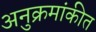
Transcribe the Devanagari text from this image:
अनुक्रमांकीत